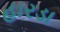
હારડા